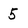
Character: 5